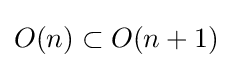
O(n)\subset O(n+1)